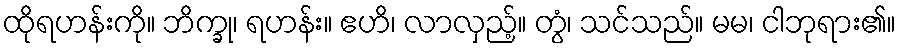
ထိုရဟန်းကို။ ဘိက္ခု၊ ရဟန်း။ ဧဟိ၊ လာလှည့်။ တွံ၊ သင်သည်။ မမ၊ ငါဘုရား၏။